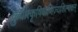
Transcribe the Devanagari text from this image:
कुर्यात्कृषिवाणिज्यशिल्पकम्